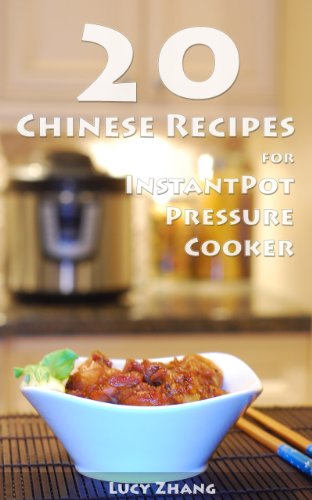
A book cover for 20 Chinese Recipes for Instant Pot Pressure Cooker; Lucy Zhang; Cookbooks, Food & Wine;